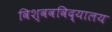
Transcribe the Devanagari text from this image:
विश्ववविद्यालय